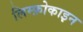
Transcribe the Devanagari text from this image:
लिम्फ़ोकाइन